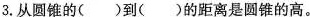
3.从圆锥的( )到( )的距离是圆锥的高。